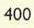
400